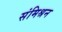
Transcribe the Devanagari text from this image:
संमिश्रन